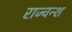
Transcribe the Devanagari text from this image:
राज्वन्श